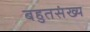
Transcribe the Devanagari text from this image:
बहुतसंख्य